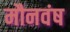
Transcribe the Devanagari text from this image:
मौनवंष